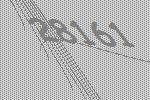
28161